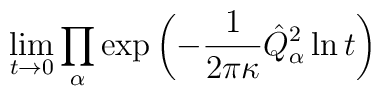
\lim_{t\rightarrow 0}\prod_\alpha \exp\left(-\frac{1}{2\pi\kappa}\hat Q^2_\alpha\ln t\right)